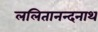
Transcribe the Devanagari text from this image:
ललितानन्दनाथ